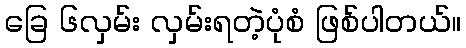
ခြေ ၆လှမ်း လှမ်းရတဲ့ပုံစံ ဖြစ်ပါတယ်။